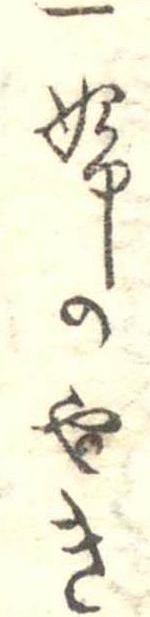
一ふのやき